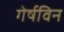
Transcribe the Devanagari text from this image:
गेर्षविन